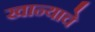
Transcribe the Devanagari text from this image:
खान्याचे